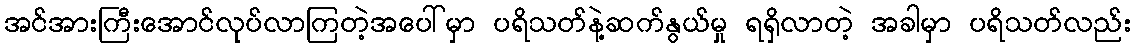
အင်အားကြီးအောင်လုပ်လာကြတဲ့အပေါ်မှာ ပရိသတ်နဲ့ဆက်နွယ်မှု ရရှိလာတဲ့ အခါမှာ ပရိသတ်လည်း